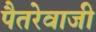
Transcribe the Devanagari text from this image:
पैतरेवाजी